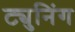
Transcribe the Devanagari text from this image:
ट्युनिंग